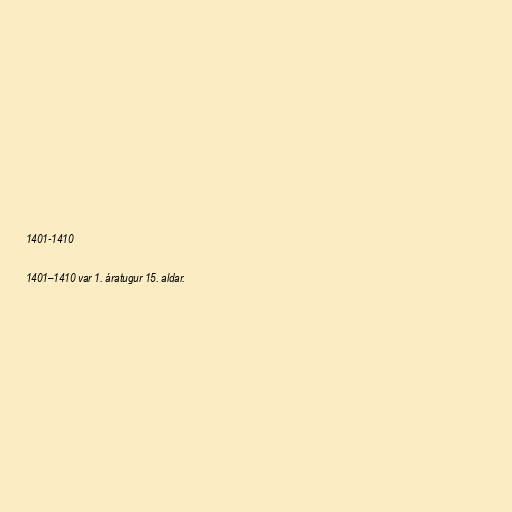
1401-1410

1401–1410 var 1. áratugur 15. aldar.